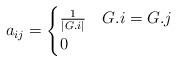
LaTeX: \begin{align*} a_{ij} = \begin{cases} \frac{1}{|G . i|} & G . i = G . j \\ 0 & \end{cases} \end{align*}